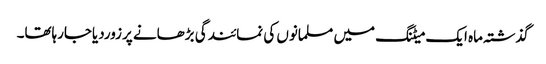
گذشتہ ماہ ایک میٹنگ میں مسلمانوں کی نمائندگی بڑھانے پرزوردیاجارہاتھا۔